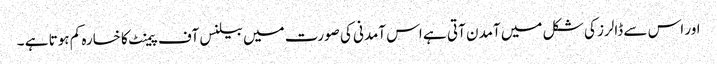
اور اس سے ڈالرز کی شکل میں آمدن آتی ہے اس آمدنی کی صورت میں بیلنس آف پیمنٹ کا خسارہ کم ہوتا ہے ۔